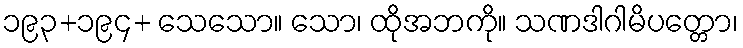
၁၉၃+၁၉၄+ သေသော။ သော၊ ထိုအဘကို။ သဏဒါဂါမိပတ္တော၊